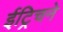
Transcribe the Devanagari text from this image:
ईट्रिचने